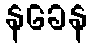
နခေန